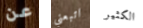
عن اتبعني الكثير